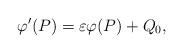
LaTeX: \begin{align*}\varphi'(P) = \varepsilon\varphi(P) + Q_0,\end{align*}